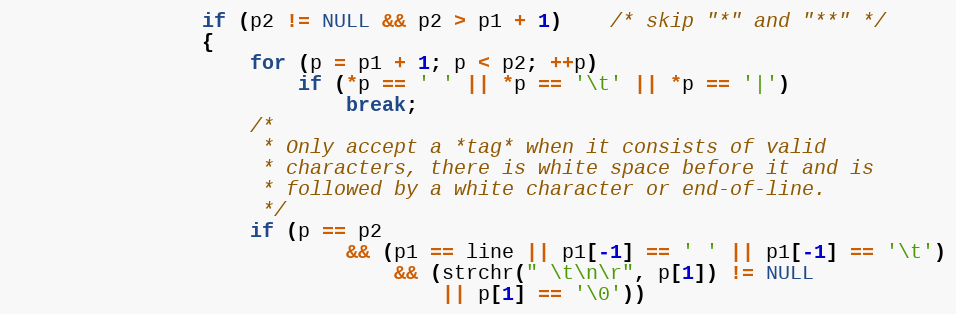
Language: C
				if (p2 != NULL && p2 > p1 + 1)	/* skip "*" and "**" */
				{
					for (p = p1 + 1; p < p2; ++p)
						if (*p == ' ' || *p == '\t' || *p == '|')
							break;
					/*
					 * Only accept a *tag* when it consists of valid
					 * characters, there is white space before it and is
					 * followed by a white character or end-of-line.
					 */
					if (p == p2
							&& (p1 == line || p1[-1] == ' ' || p1[-1] == '\t')
								&& (strchr(" \t\n\r", p[1]) != NULL
									|| p[1] == '\0'))